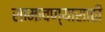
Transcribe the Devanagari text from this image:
सामावण्यासाठी